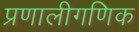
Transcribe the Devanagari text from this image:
प्रणालीगणिक